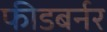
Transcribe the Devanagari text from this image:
फीडबर्नर